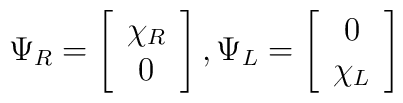
\Psi_R = \left[ \begin{array}{c}		\chi_R \\		 0		\end{array} \right], \Psi_L = \left[ \begin{array}{c}							0 \\		 				      \chi_L						     \end{array} \right]